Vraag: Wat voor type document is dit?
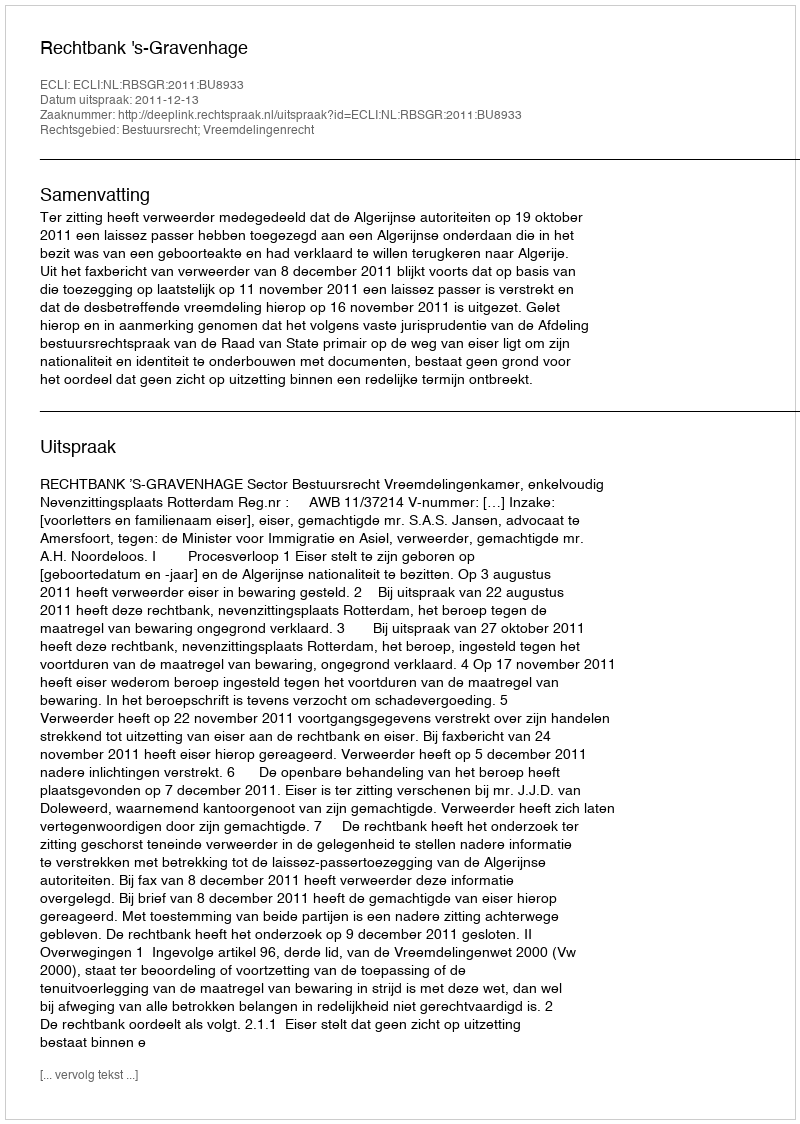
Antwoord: Uitspraak